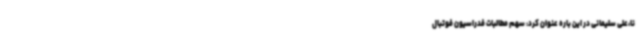
نا،علی سلیمانی در این باره عنوان کرد: سهم مطالبات فدراسیون فوتبال